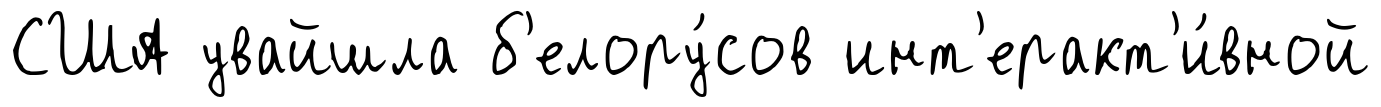
США увайшла б'елору́сов инт'еракт'и́вной